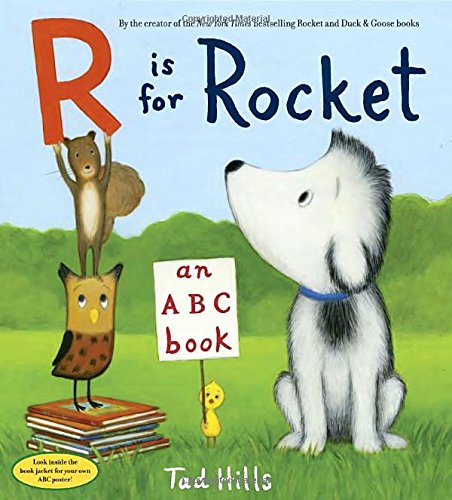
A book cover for R Is for Rocket: An ABC Book; Tad Hills; Children's Books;